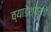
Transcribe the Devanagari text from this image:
व्याडेश्वराचे